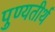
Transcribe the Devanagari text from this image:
पुण्यतीर्थ